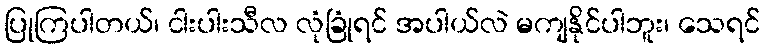
ပြုကြပါတယ်၊ ငါးပါးသီလ လုံခြုံရင် အပါယ်လဲ မကျနိုင်ပါဘူး၊ သေရင်